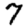
Digit: 7